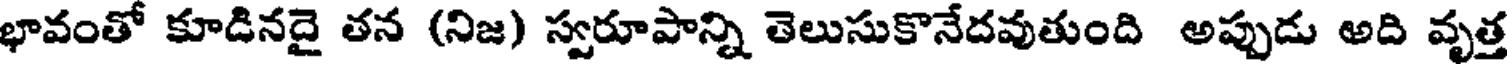
భావంతో కూడినదై తన (నిజ) స్వరూపాన్ని తెలుసుకొనేదవుతుంది అప్పుడు అది వృత్త